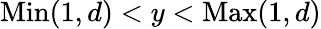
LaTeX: \mathrm{Min}(1,d)<y<\mathrm{Max}(1,d)